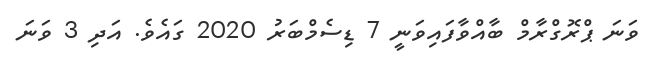
ވަނަ ޕްރޮގްރާމް ބާއްވާފައިވަނީ 7 ޑިސެމްބަރު 2020 ގައެވެ. އަދި 3 ވަނަ